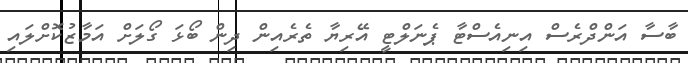
ބާސާ އަންދްރެސް އިނިއެސްޓާ ޕެނަލްޓީ އޭރިޔާ ތެރެއިން ދިން ބޯޅަ ގޯލަށް އަމާޒުކޮށްލައި